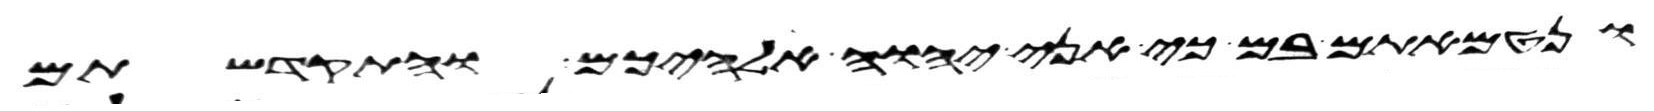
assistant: ונטמאתם בם כי אני יהוה אלהיכם והתקדשתם